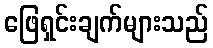
ဖြေရှင်းချက်များသည်